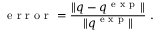
\mathrm { ~ e ~ r ~ r ~ o ~ r ~ } = \frac { \| q - q ^ { \mathrm { ~ e ~ x ~ p ~ } } \| } { \| q ^ { \mathrm { ~ e ~ x ~ p ~ } } \| } \mathrm { ~ . ~ }